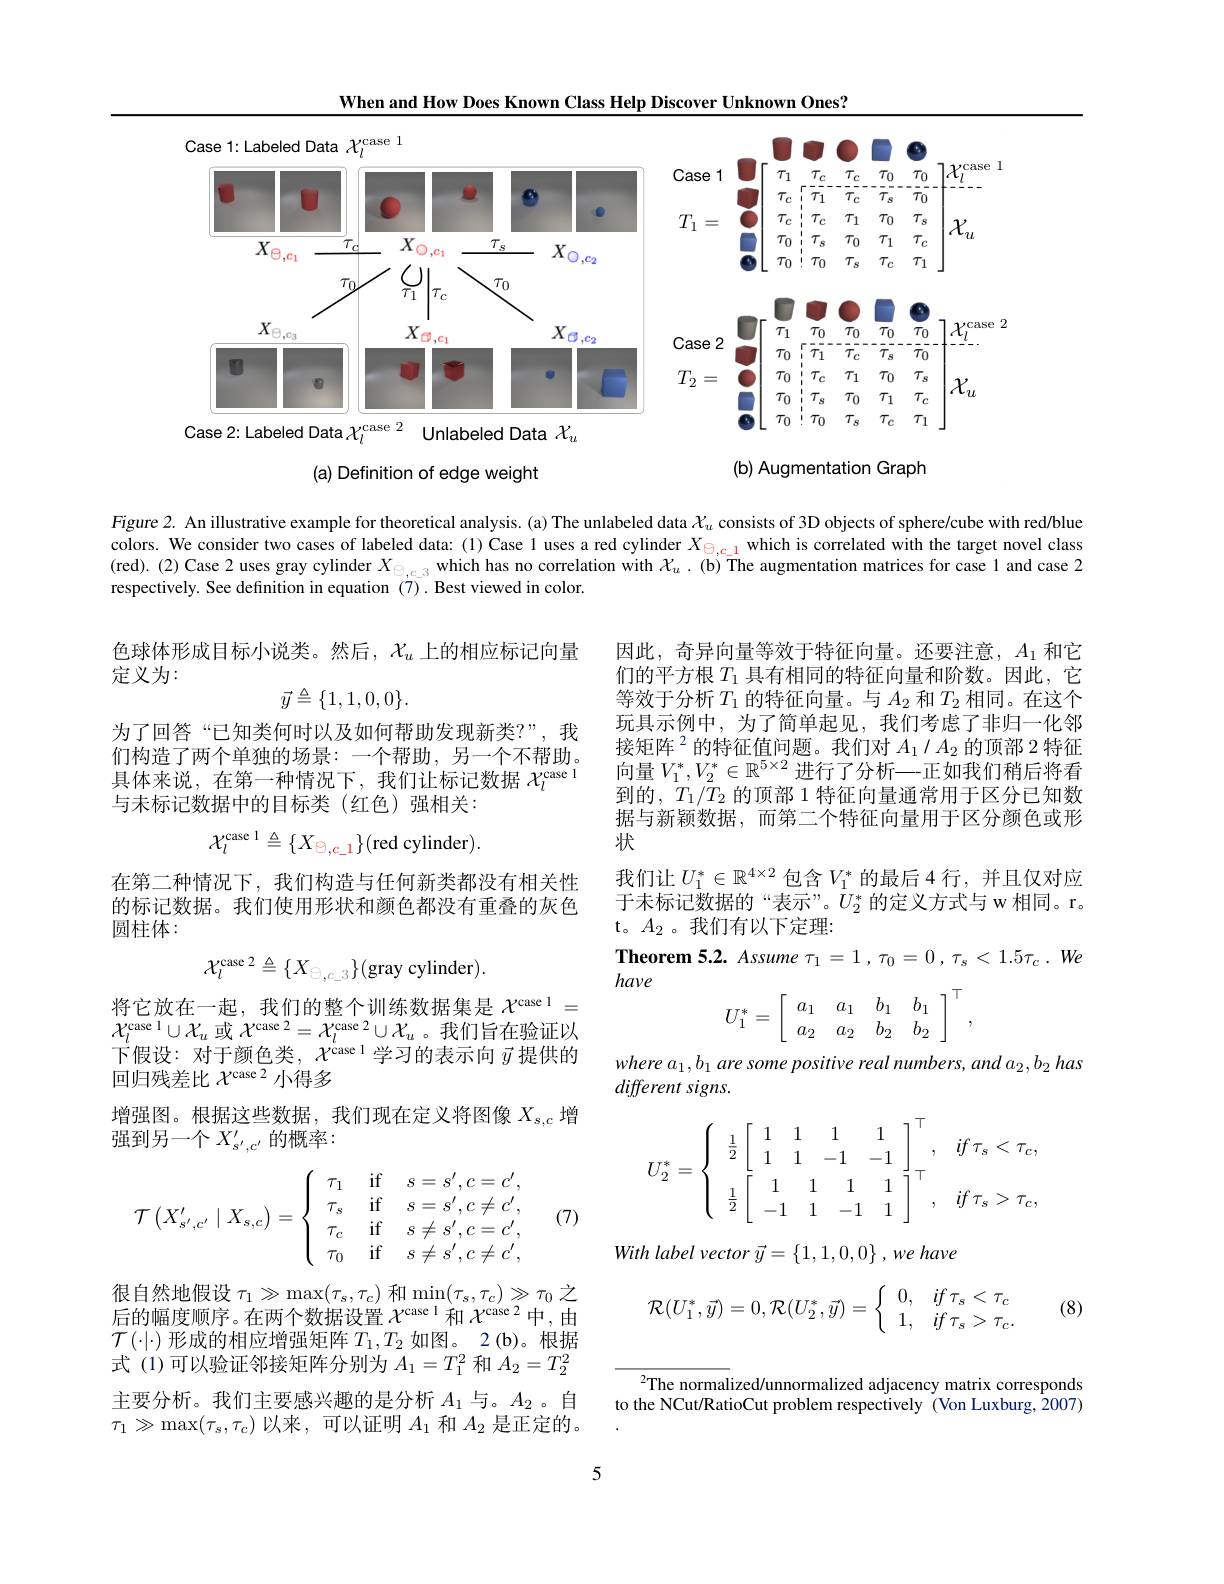
When and How Does Known Class Help Discover Unknown Ones?

<FigureHere>

(b) Augmentation Graph

(a) Definition of edge weight

Figure 2. An illustrative example for theoretical analysis. (a) The unlabeled data $\chi_u$ consists of 3D objects of sphere/cube with red/blue colors. We consider two cases of labeled data: (1) Case 1 uses a red cylinder $X_{\Theta,c\_1}$ which is correlated with the target novel class (red).(2) Case 2 uses gray cylinder $X_{\Theta,c\_3}$ which has no correlation with $X_u$ .(b) The augmentation matrices for case l and case 2 respectively. See definition in equation (7). Best viewed in color.

色球体形成目标小说类。然后，$\mathcal{X}_u$上的相应标记向量
定义为：
$$\vec{y}\triangleq\{1,1,0,0\}.$$
为了回答“已知类何时以及如何帮助发现新类？”,我们构造了两个单独的场景：一个帮助，另一个不帮助具体来说，在第一种情况下，我们让标记数据$\chi_l^\mathrm{case~1}$ 与未标记数据中的目标类(红色)强相关：

因此，奇异向量等效于特征向量。还要注意，$A_1$和它们的平方根$T_1$具有相同的特征向量和阶数。因此，它等效于分析$T_1$的特征向量。与$A_2$和$T_2$相同。在这个玩具示例中，为了简单起见，我们考虑了非归一化邻接矩阵$^2$的特征值问题。我们对 $A_1/A_2$ 的顶部 2 特征向量$V_1^*,V_2^*\in\mathbb{R}^{5\times2}$进行了分析一正如我们稍后将看到的$,T_1/T_2$的顶部 1 特征向量通常用于区分已知数据与新颖数据，而第二个特征向量用于区分颜色或形状
我们让$U_1^*\in\mathbb{R}^{4\times2}$包含$V_1^*$的最后 4 行，并且仅对应于未标记数据的“表示”。$U_2^*$的定义方式与 w 相同。r。t。$A_2$。我们有以下定理：
$hav\epsilon$
$$\mathcal{X}_{l}^{\text{case 1}}\triangleq\{X_{\Theta,c_1}\}(\text{red cylinder}).$$
在第二种情况下，我们构造与任何新类都没有相关性的标记数据。我们使用形状和颜色都没有重叠的灰色圆柱体：
$$\mathcal{X}_{l}^{\text{case}2}\triangleq\{X_{\oplus,c_{-3}}\}(\text{gray cylinder}).$$
$$U_1^*=\left[\begin{array}{cccc}a_1&a_1&b_1&b_1\\a_2&a_2&b_2&b_2\end{array}\right]^\top,$$
将它放在一起，我们的整个训练数据集是$\chi^\mathrm{case~1}=$ $\mathcal{X}_l^{\text{case 1}}\cup\mathcal{X}_u$或$\mathcal{X}^\mathrm{case~2}=\mathcal{X}_l^{\text{case 2}}\cup\mathcal{X}_u$ 。我们旨在验证以下假设：对于颜色类，$\mathcal{X}^\mathrm{case~l}$学习的表示向$\vec{y}$提供的回归残差比$\mathcal{X}^\mathrm{case~2}$小得多
增强图。根据这些数据，我们现在定义将图像$X_{s,c}$增
强到另一个$X_{s^{\prime},c^{\prime}}^{\prime}$的概率：

$wherea_{1}, b_{1}\textit{ are some positive real numbers, and a}_{2}, b_{2}\textit{ has}$
different signs.
$$U_2^*=\begin{cases}&\frac{1}{2}\left[\begin{array}{cccc}1&1&1&1\\1&1&-1&-1\end{array}\right]^\top,&if\:\tau_s<\tau_c,\\&\frac{1}{2}\left[\begin{array}{cccc}1&1&1&1\\-1&1&-1&1\end{array}\right]^\top,&if\:\tau_s>\tau_c,\end{cases}$$
$$\mathcal{T}\left(X_{s',c'}^{\prime}\mid X_{s,c}\right)=\left\{\begin{array}{ll}\tau_1&\quad\text{if}\quad s=s',c=c',\\\tau_s&\quad\text{if}\quad s=s',c\neq c',\\\tau_c&\quad\text{if}\quad s\neq s',c=c',\\\tau_0&\quad\text{if}\quad s\neq s',c\neq c',\end{array}\right.$$
(7)

With label vector $\vec{y}=\{1,1,0,0\},we$ have
$$\mathcal{R}(U_1^*,\vec{y})=0,\mathcal{R}(U_2^*,\vec{y})=\left\{\begin{array}{cc}0,&if\:\tau_s<\tau_c\\1,&if\:\tau_s>\tau_c.\end{array}\right.$$
(8)

很自然地假设$\tau_1\gg\max(\tau_s,\tau_c)$和$\min(\tau_s,\tau_c)\gg\tau_0$之后的幅度顺序。在两个数据设置$\chi^\mathrm{case~1}$和$\chi^\mathrm{case~2}$中，由$\mathcal{T}(\cdot|\cdot)$形成的相应增强矩阵$T_1,T_2$如图。2(b)。根据式 (1)可以验证邻接矩阵分别为$A_1=T_1^2$和$A_2=T_2^2$ 主要分析。我们主要感兴趣的是分析$A_1$与。$A_2$ 。自$\tau_1\gg\operatorname*{max}(\tau_s,\tau_c)$以来，可以证明$A_1$和$A_2$是正定的。

$^{2}$The normalized/unnormalized adjacency matrix corresponds to the NCut/RatioCut problem respectively (Von Luxburg, 2007)

5